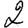
Digit: 2